Lunatic asylums in Bengal annual reports 1912-1924 - 1912-1924
Year: 1912
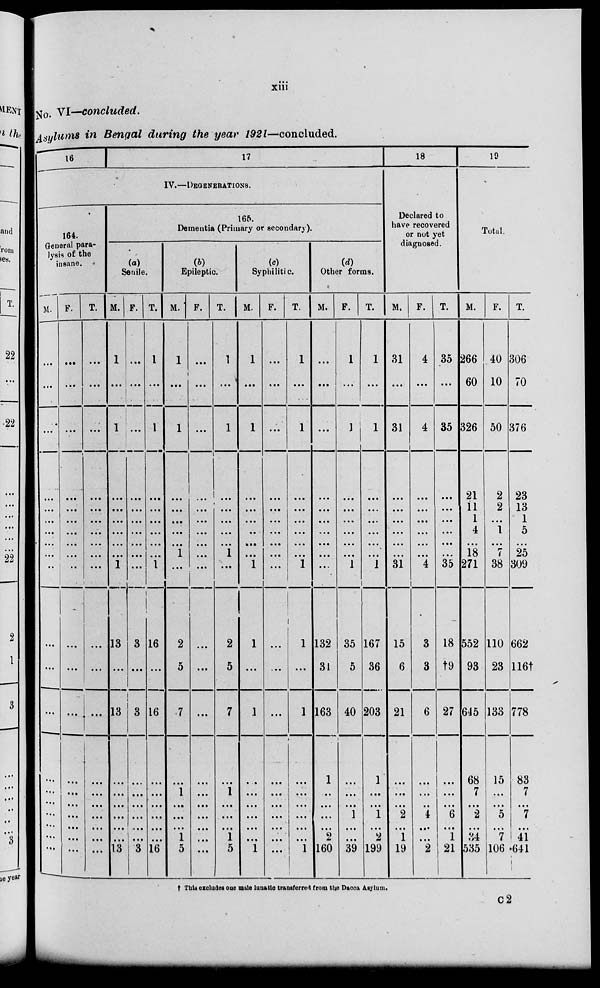
xiii
No. VI—concluded.
Asylum in Bengal during the year 1921—concluded.
16
17
IV.—DEGENERATIONS.
164.
General para-
lsis of the
insane.
M.
...
...
...
...
...
...
...
...
...
...
...
...
...
...
...
...
...
...
...
...
F.
...
...
...
...
...
...
...
...
...
...
...
...
...
...
...
...
...
...
...
...
T.
...
...
...
...
...
...
...
...
...
...
...
...
...
...
...
...
...
...
...
...
165
Dementia (Primary or secondary).
(a)
Senile.
M.
1
...
1
...
...
...
...
...
...
1
13
...
13
...
...
...
...
...
...
13
F.
...
...
...
...
...
...
...
...
...
...
3
...
3
...
...
...
...
...
...
3
T.
1
...
1
...
...
...
...
...
...
1
16
...
16
...
...
...
...
...
...
16
(b)
Epileptic.
M.
1
...
1
...
...
...
...
...
1
...
2
5
7
...
1
...
...
...
1
5
F.
...
...
...
...
...
...
...
...
...
...
...
...
...
...
...
...
...
...
...
...
T.
1
...
1
...
...
...
...
...
1
...
2
5
7
...
1
...
...
...
1
5
(c)
Syphilitic.
M.
1
...
1
...
...
...
...
...
...
1
1
...
1
...
...
...
...
...
...
1
F.
...
...
...
...
...
...
...
...
...
...
...
...
...
...
...
...
...
...
...
...
T.
1
...
1
...
...
...
...
...
...
1
1
...
1
...
...
...
...
...
... 1
(d)
Other forms.
M.
...
...
...
...
...
...
...
...
...
1
132
31
163
1
...
...
...
...
2
160
F.
1
...
1
...
...
...
...
...
...
1
35
5
40
...
...
...
1
...
...
39
T.
1
...
1
...
...
...
...
...
...
1
167
36
203
1
...
...
1
...
2
199
18
Declared to
have recovered
or not yet
diagnosed.
M.
31
...
31
...
...
...
...
...
...
31
15
6
21
...
...
...
2
...
1
19
F.
T.
4
...
4
...
...
...
...
...
...
4
3
3
6
...
...
...
4
...
...
2
35
...
35
...
...
...
...
...
...
35
18
†9
27
...
...
...
6
...
1
21
19
Total.
M.
266
60
326
21
11
1
4
...
18
271
552
93
645
68
7
...
2
...
34
535
F.
40
10
50
2
2
...
1
...
7
38
110
23
133
15
...
...
5
...
7
106
T.
306
70
376
23
13
1
5
...
25
309
662
116†
778
83
7
...
7
...
41
.641
† This exclude one male l u n a t i c transferred from the Dacca Asylum.
C 2